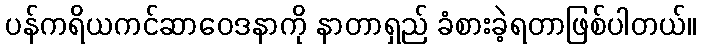
ပန်ကရိယကင်ဆာဝေဒနာကို နာတာရှည် ခံစားခဲ့ရတာဖြစ်ပါတယ်။